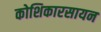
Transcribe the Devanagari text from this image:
कोशिकारसायन